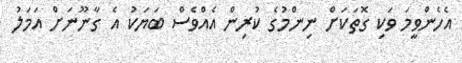
އެހެންވީމަ ވަކި ގޮތަކަށް ނިންމުގެ ކުރިން އެއްވެސް ބަޔަކު އެ ގާނޫނަށް އަމަލު